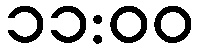
၁၁:၀၀